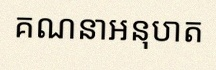
គណនាអនុបាត